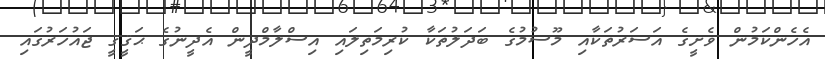
އެހެންކަމުން ވެށީގެ އަސަރުތަކާއި މޫސުމުގެ ބަދަލުތަކާ ކުރިމަތިލައި އިސްލާމްދީން އެދީނުގެ ޙަޤީޤީ ޖައުހަރުގައި